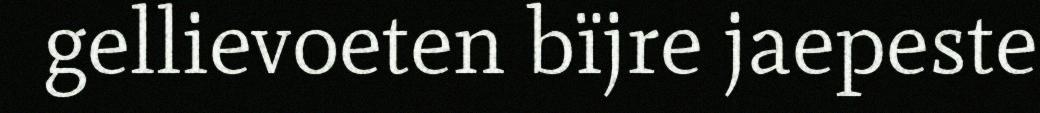
gellievoeten bïjre jaepeste